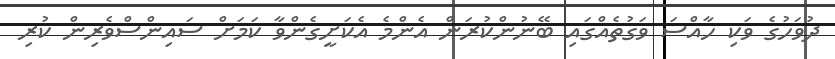
ދުވަހުގެ ވަކި ހާއްސަ ވަގުތެއްގައި ބޭނުންކުރަން އެންމެ އެކަށީގެންވާ ކަމަށް ސައިންސްވެރިން ކުރި